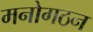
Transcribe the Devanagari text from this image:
मनोगठन